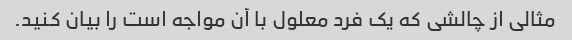
مثالی از چالشی که یک فرد معلول با آن مواجه است را بیان کنید.